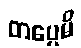
တပ္ပေမိ